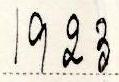
1923